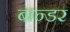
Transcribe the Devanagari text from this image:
बान्डर